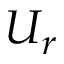
U _ { r }